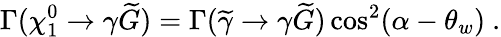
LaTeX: \Gamma(\chi_{1}^{0}\rightarrow\gamma\widetilde{G})=\Gamma(\widetilde{\gamma}\rightarrow\gamma\widetilde{G})\cos^{2}(\alpha-\theta_{w})~.